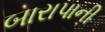
બારાપાની